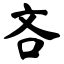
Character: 吝